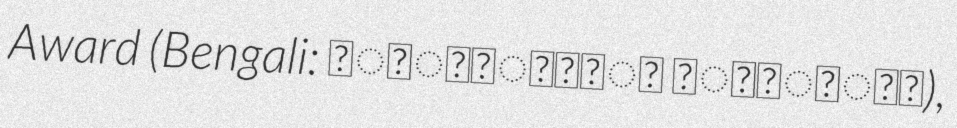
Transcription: Award (Bengali: স্বাধীনতা পুরস্কার),